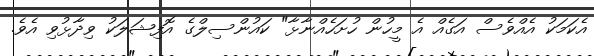
އެކަމަކު އެއްވެސް އަގެއް އެ މީހުން ހުށަހެއްނާޅާ" ކައުންސިލްގެ އޮފިޝަލަކު ވިދާޅުވި އެވެ.